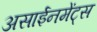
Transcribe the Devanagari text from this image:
असाईनमेंट्स